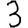
Digit: 3